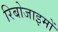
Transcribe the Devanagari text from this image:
रिबोजाइमों